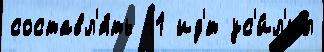
составл'я́ть 11 ид'́т ус'и́л'ил